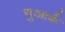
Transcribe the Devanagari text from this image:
नुआर्क